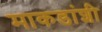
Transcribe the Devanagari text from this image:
माकडांशी